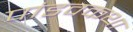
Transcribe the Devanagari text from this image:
पांडवकथा